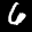
Label: 6